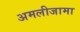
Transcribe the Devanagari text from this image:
अमलीजामा